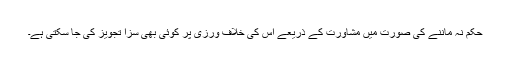
حکم نہ ماننے کی صورت میں مشاورت کے ذریعے اس کی خلاف ورزی پر کوئی بھی سزا تجویز کی جا سکتی ہے۔